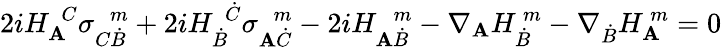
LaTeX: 2iH_{\mathbf{A}}^{\ \ C}\sigma_{C\dot{{B}}}^{\ \ \ m}+2iH_{\dot{{B}}}^{\ \ \dot{{C}}}\sigma_{\mathbf{A}\dot{{C}}}^{\ \ \ m}-2iH_{\mathbf{A}\dot{{B}}}^{\ \ \ m}-\nabla_{\mathbf{A}}H_{\dot{{B}}}^{\ m}-\nabla_{\dot{{B}}}H_{\mathbf{A}}^{\ m}=0